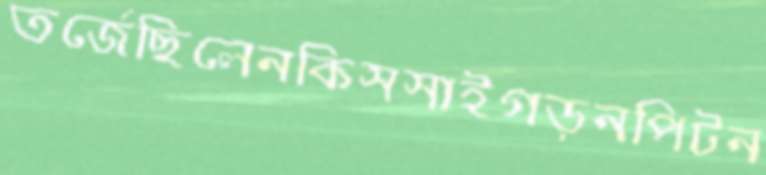
তর্জেছিলেনকিসসাইগড়নপিটন